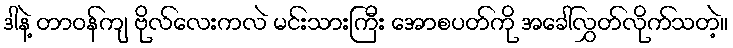
ဒါနဲ့ တာဝန်ကျ ဗိုလ်လေးကလဲ မင်းသားကြီး အောစပတ်ကို အခေါ်လွှတ်လိုက်သတဲ့။